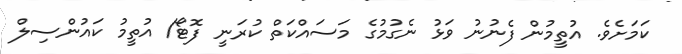
ކަމަށެވެ. އުތީމުން ފެނުނު ވަޅު ނެގުމުގެ މަސައްކަތް ކުރަނީ ފޮޓޯ/ އުތީމު ކައުންސިލް